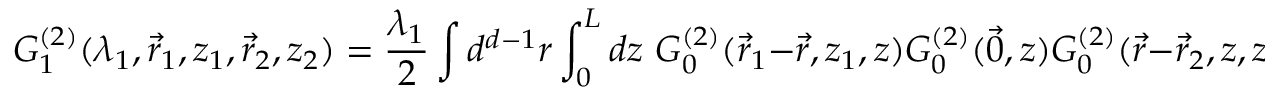
G _ { 1 } ^ { ( 2 ) } ( \lambda _ { 1 } , \vec { r } _ { 1 } , z _ { 1 } , \vec { r } _ { 2 } , z _ { 2 } ) = \frac { \lambda _ { 1 } } { 2 } \int { } d ^ { d - 1 } r \int _ { 0 } ^ { L } d z \, \, G _ { 0 } ^ { ( 2 ) } ( \vec { r } _ { 1 } - \vec { r } , z _ { 1 } , z ) G _ { 0 } ^ { ( 2 ) } ( \vec { 0 } , z ) G _ { 0 } ^ { ( 2 ) } ( \vec { r } - \vec { r } _ { 2 } , z , z _ { 2 } ) .